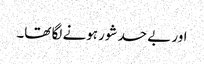
اور بے حد شور ہونے لگا تھا۔